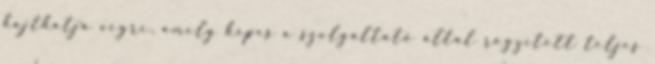
hajthatja végre, amely képes a szolgáltató által rögzített teljes